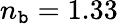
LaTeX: n_{\mathtt{b}}=1.33